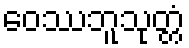
ဝေဿဘူသုတ္တံ